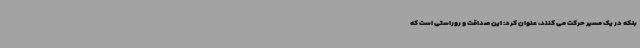
بلکه در یک مسیر حرکت می کنند، عنوان کرد: این صداقت و روراستی است که